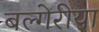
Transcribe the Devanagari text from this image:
बल्गेरीया